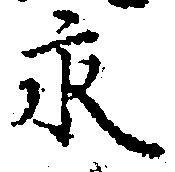
永